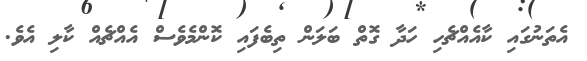
އެތަނުގައި ކާއެއްޗެހި ހަދާ ގޮތް ބަލަން ތިބެފައި ކޮންމެވެސް އެއްޗެއް ކާލި އެވެ.